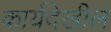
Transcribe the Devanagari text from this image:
कार्यदेखील